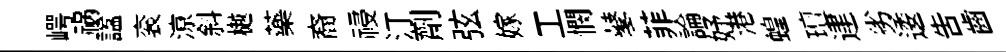
崿祸諡衮鿌斜樾藥裔祲汀劑弦嫁工憫鼕菲論妤港蝗璮䢖劣逶吿齒